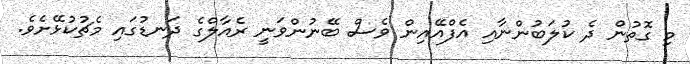
މި ގޮތުން ދެ ކުލަބުންނާއި އެފްއޭއިން ވެސް ބޭނުންވަނީ ރެއާލްގެ ދަނޑުގައި މެޗުކުޅޭށެވެ.